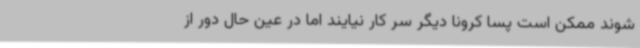
شوند ممکن است پسا کرونا دیگر سر کار نیایند اما در عین حال دور از